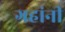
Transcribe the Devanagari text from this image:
ग्रहांनी